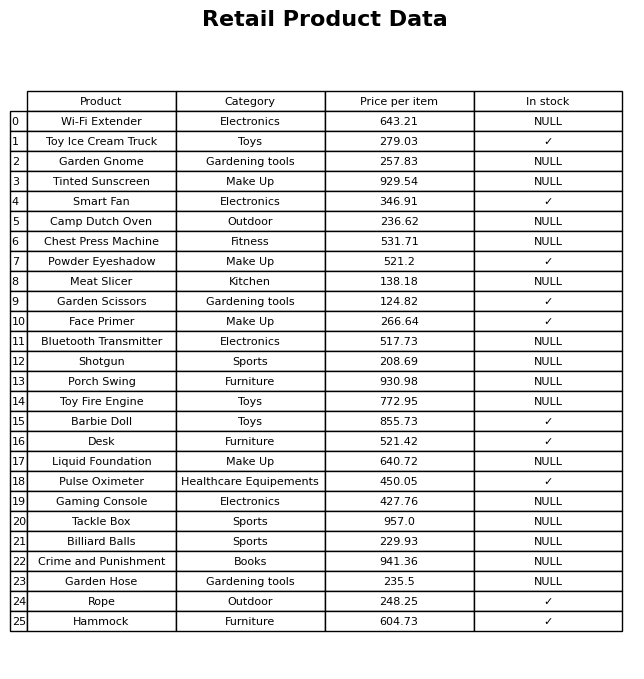
question: What is the price for Wi-Fi Extender?
answer: The price of Wi-Fi Extender is 643.21.